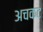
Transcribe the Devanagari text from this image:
अचकट